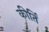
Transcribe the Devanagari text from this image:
कीर्तिं